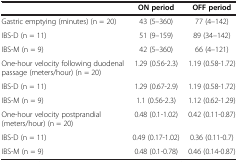
<table><thead><tr><td><b> </b></td><td><b>ON period</b></td><td><b>OFF period</b></td></tr></thead><tbody><tr><td>Gastric emptying (minutes) (n = 20)</td><td>43 (5–360)</td><td>77 (4–142)</td></tr><tr><td>IBS-D (n = 11)</td><td>51 (9–159)</td><td>89 (34–142)</td></tr><tr><td>IBS-M (n = 9)</td><td>42 (5–360)</td><td>66 (4–121)</td></tr><tr><td>One-hour velocity following duodenal passage (meters/hour) (n = 20)</td><td>1.29 (0.56-2.3)</td><td>1.19 (0.58-1.72)</td></tr><tr><td>IBS-D (n = 11)</td><td>1.29 (0.67-2.9)</td><td>1.19 (0.58-1.72)</td></tr><tr><td>IBS-M (n = 9)</td><td>1.1 (0.56-2.3)</td><td>1.12 (0.62-1.29)</td></tr><tr><td>One-hour velocity postprandial (meters/hour) (n = 20)</td><td>0.48 (0.1-1.02)</td><td>0.42 (0.11-0.87)</td></tr><tr><td>IBS-D (n = 11)</td><td>0.49 (0.17-1.02)</td><td>0.36 (0.11-0.7)</td></tr><tr><td>IBS-M (n = 9)</td><td>0.48 (0.1-0.78)</td><td>0.46 (0.14-0.87)</td></tr></tbody></table>